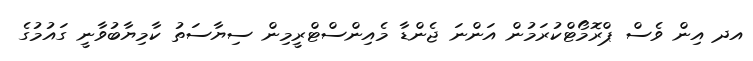
އދ އިން ވެސް ޕްރޮމޯޓްކުރަމުން އަންނަ ޖެންޑާ މެއިންސްޓްރީމިން ސިޔާސަތު ކާމިޔާބުވާނީ ގައުމުގެ